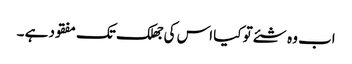
اب وہ شئے تو کیا اس کی جھلک تک مفقود ہے ۔